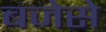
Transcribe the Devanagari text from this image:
बजेसे